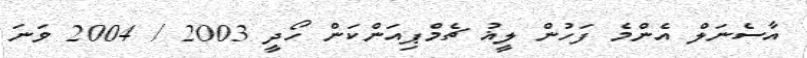
އާސެނަލް އެންމެ ފަހުން ލީޣު ޗެމްޕިއަންކަން ހޯދީ 2003 / 2004 ވަނަ